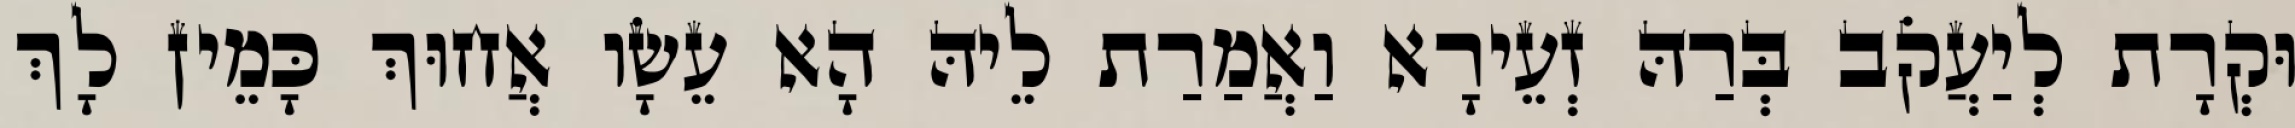
וּקְרָת לְיַעֲקֹב בְּרַהּ זְעֵירָא וַאֲמַרַת לֵיהּ הָא עֵשָׂו אֲחוּךְ כָּמֵין לָךְ